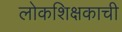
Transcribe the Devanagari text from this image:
लोकशिक्षकाची